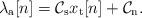
LaTeX: \begin{align*}\lambda_\mathrm{a}[n]= \mathcal{C}_{\rm s}x_{\rm t}[n]+\mathcal{C}_{\rm n}.\end{align*}